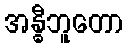
အန္ဓီဘူတော